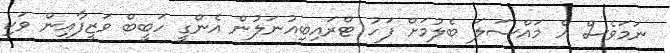
ނަމަވެސް އެ މައްސަލަ ބެލުމަށް ފަހު ޓްރައިބިއުނަލުން އެންގީ ހަބީބް ވަޒީފާއިން ވަކި